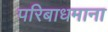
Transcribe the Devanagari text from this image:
परिबाधमाना